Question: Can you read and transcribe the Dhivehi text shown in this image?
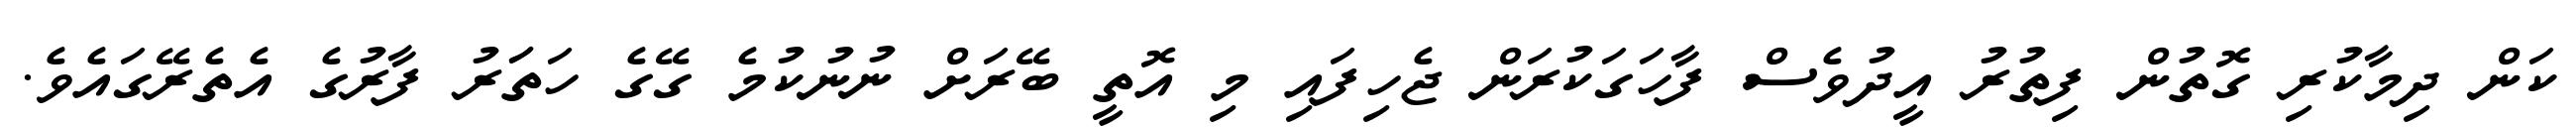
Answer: ކަން ދިމާކުރި ގޮތުން ފިތުރު އީދުވެސް ފާހަގަކުރަން ޖެހިފައި މި އޮތީ ބޭރަށް ނުނުކުމެ ގޭގެ ހަތަަރު ފާރުގެ އެތެރޭގައެވެ.